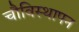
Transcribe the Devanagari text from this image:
चौविस्थापन